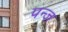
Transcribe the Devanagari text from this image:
पन्ज